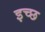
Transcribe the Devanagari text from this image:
इच्छ